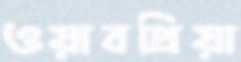
ওয়াবপ্রিয়া